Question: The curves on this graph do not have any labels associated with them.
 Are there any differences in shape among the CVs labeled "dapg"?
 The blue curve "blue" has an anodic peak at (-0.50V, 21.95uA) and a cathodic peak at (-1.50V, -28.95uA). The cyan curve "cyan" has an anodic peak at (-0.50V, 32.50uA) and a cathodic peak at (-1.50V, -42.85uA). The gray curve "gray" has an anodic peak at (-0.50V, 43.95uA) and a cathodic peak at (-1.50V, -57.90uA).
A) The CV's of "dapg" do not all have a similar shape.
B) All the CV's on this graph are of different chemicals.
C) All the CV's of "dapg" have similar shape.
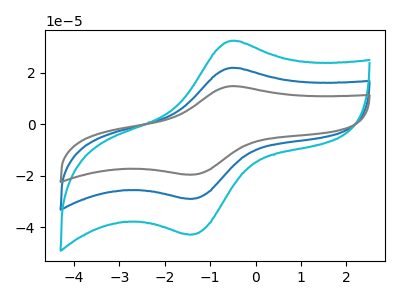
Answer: <think>All the peaks in "blue" have a peak in "cyan" at the same potential. Every peak in "blue" is lower than every peak in "cyan". All the peaks in "blue" have a peak in "gray" at the same potential. Every peak in "blue" is lower than every peak in "gray". All the peaks in "cyan" have a peak in "gray" at the same potential. Every peak in "cyan" is lower than every peak in "gray".
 </think>
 <answer>C) All the CV's of "dapg" have similar shape.</answer>
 <eval>C</eval>